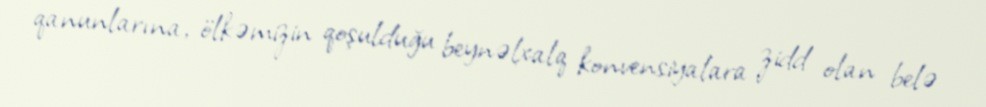
qanunlarına, ölkəmizin qoşulduğu beynəlxalq konvensiyalara zidd olan belə